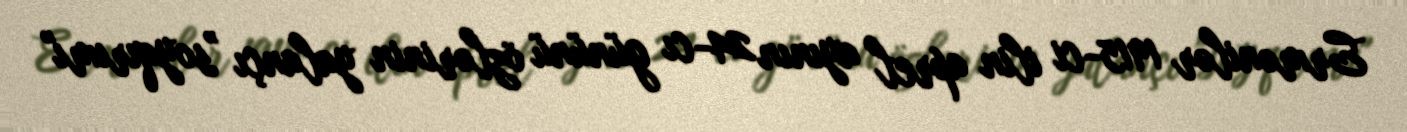
Ermənilər 1915-ci ilin aprel ayının 24-cı gününü özlərinin yalançı ”soyqırımı"